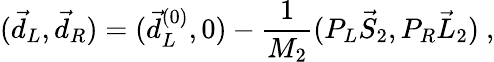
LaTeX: (\vec{d}_{L},\vec{d}_{R})=(\vec{d}_{L}^{(0)},0)-{\frac{1}{M_{2}}}(P_{L}\vec{S}_{2},P_{R}\vec{L}_{2})\ ,